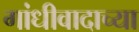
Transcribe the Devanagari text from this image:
गांधीवादाच्या